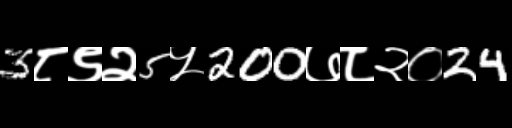
Text: 3८९२5५200७८२०24